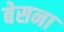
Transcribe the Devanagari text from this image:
बेसना